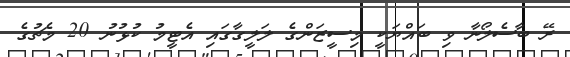
ރޭ ބާސެލޯނާ ވި ބައްޔަކީ މިސީޒަންގެ ލަލީގާގައި އެޓީމު ކުޅުނު 20 މެޗުގެ